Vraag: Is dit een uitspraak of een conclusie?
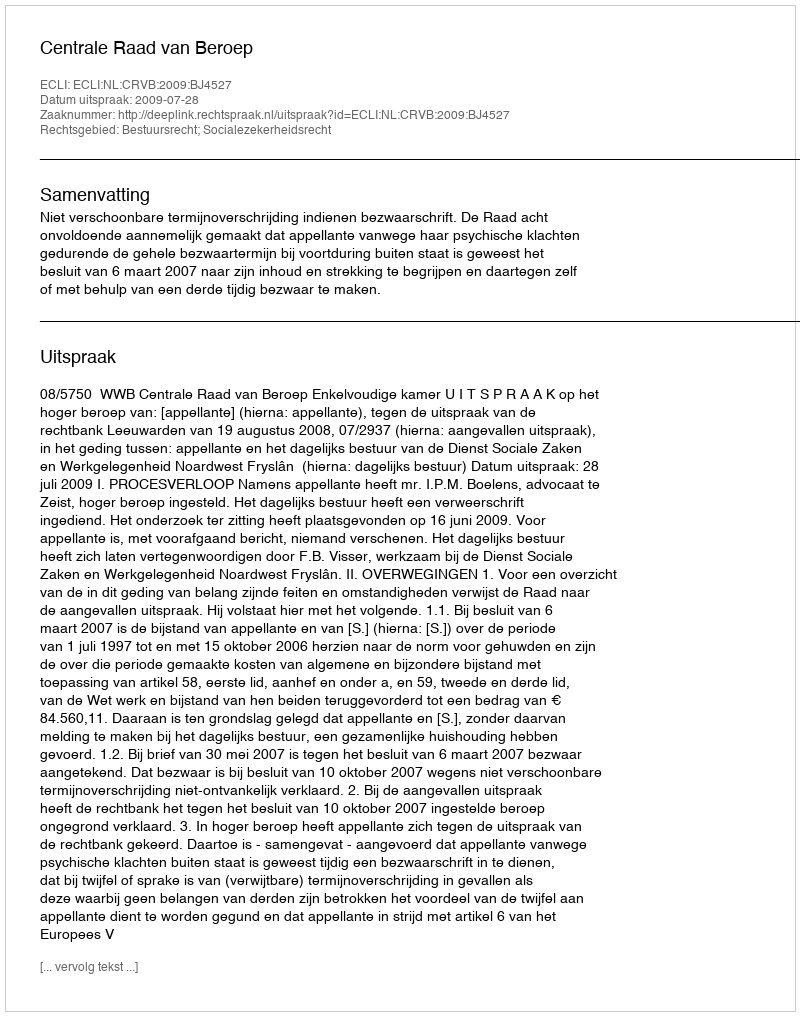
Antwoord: Uitspraak